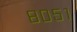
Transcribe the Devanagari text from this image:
८०५१